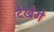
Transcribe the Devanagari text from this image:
देखेगे